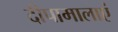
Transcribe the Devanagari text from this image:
दीपामालाएं